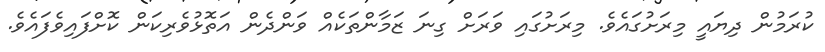
ކުރަމުން ދިޔައީ މިރަށުގައެވެ. މިރަށުގައި ވަރަށް ގިނަ ޒަމާންތަކެއް ވަންދެން އަތޮޅުވެރިކަން ކޮށްފައިވެފައެވެ.